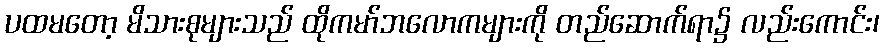
ပထမတော့ မိသားစုများသည် ထိုကမာ်ဘလောကများကို တည်ဆောက်ရာ၌ လည်းကောင်း၊